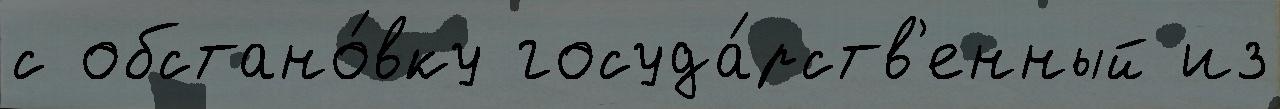
с обстано́вку госуда́рств'енный из